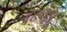
ગઢપૂર